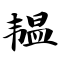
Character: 韫